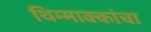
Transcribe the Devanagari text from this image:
थिम्माक्कांचा